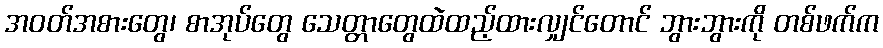
အဝတ်အစားတွေ၊ စာအုပ်တွေ သေတ္တာတွေထဲထည့်ထားလျှင်တောင် ဘွားဘွားကို တစ်ဖက်က